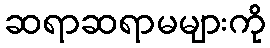
ဆရာဆရာမများကို